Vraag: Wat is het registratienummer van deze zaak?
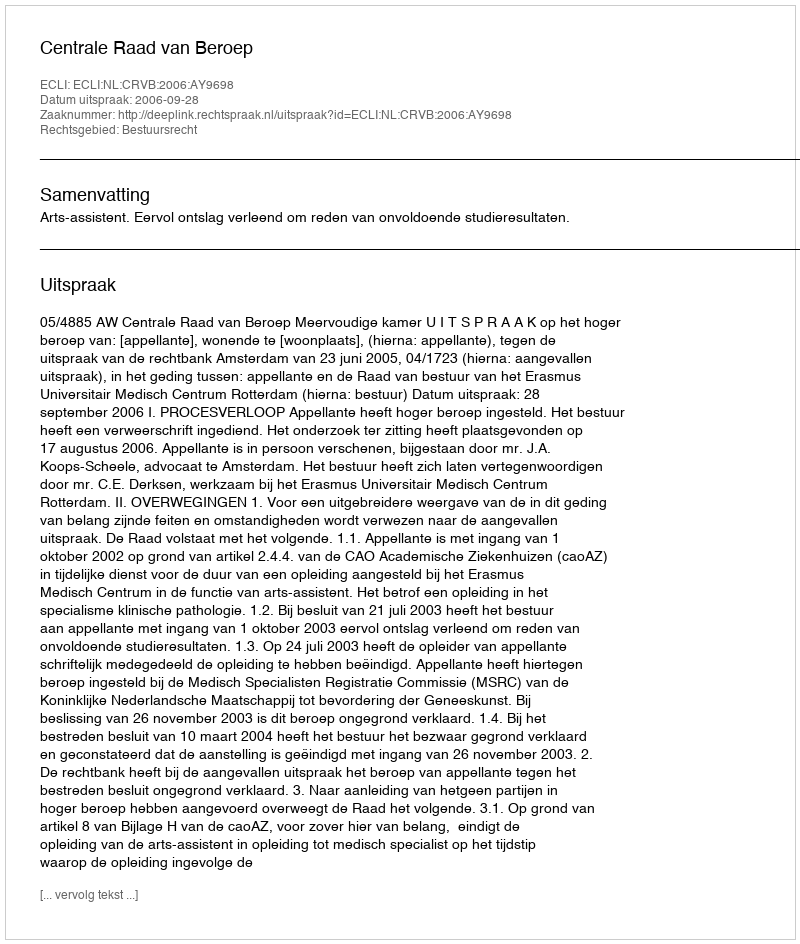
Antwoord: http://deeplink.rechtspraak.nl/uitspraak?id=ECLI:NL:CRVB:2006:AY9698